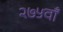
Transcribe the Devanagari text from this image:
२७५वाँ